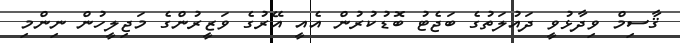
ޤާސިމް ވިދާޅުވީ ދައުލަތުގެ ބަޖެޓު ބޮޑުކުރުން އެއީ އޭރުގެ ވަޒީރުންގެ މަޖިލީހުން ނިންމި